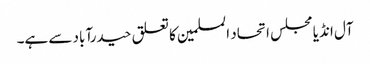
آل انڈیا مجلس اتحاد المسلمین کا تعلق حیدرآباد سے ہے۔